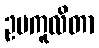
ဥပကူလိတာ